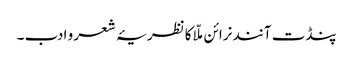
پنڈت آنند نرائن ملّا کا نظریۂ شعر و ادب ۔